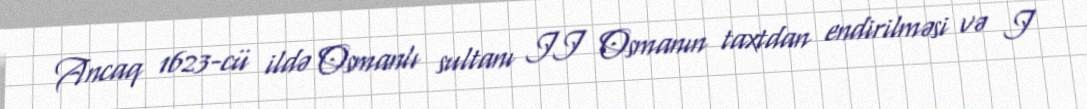
Ancaq 1623-cü ildə Osmanlı sultanı II Osmanın taxtdan endirilməsi və I